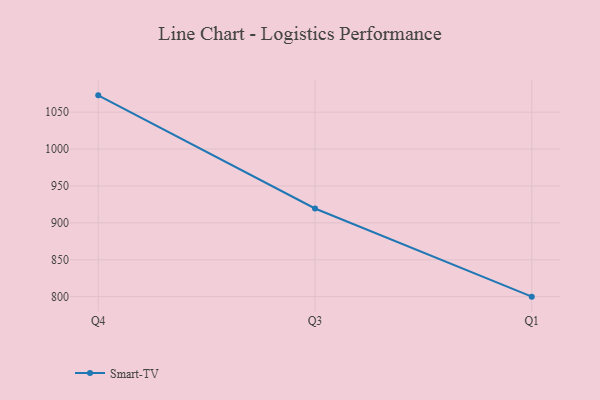
{"axis": {"x": "Quarter", "y": "Tickets Resolved"}, "legend": ["Smart-TV"], "data": [{"x": "Q4", "y": 1072.8, "type": "Smart-TV"}, {"x": "Q3", "y": 919.5, "type": "Smart-TV"}, {"x": "Q1", "y": 800, "type": "Smart-TV"}]}